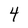
Character: 4